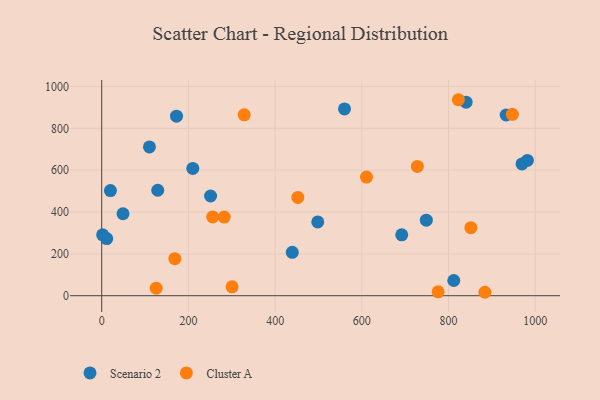
{"axis": {"x": "Price", "y": "Sales"}, "legend": ["Cluster A", "Scenario 2"], "data": [{"x": "560.0", "y": 892.7, "type": "Scenario 2"}, {"x": "439.5", "y": 207.5, "type": "Scenario 2"}, {"x": "969.4", "y": 630.0, "type": "Scenario 2"}, {"x": "251.1", "y": 476.5, "type": "Scenario 2"}, {"x": "49.1", "y": 391.7, "type": "Scenario 2"}, {"x": "932.8", "y": 863.5, "type": "Scenario 2"}, {"x": "498.3", "y": 352.8, "type": "Scenario 2"}, {"x": "748.7", "y": 361.0, "type": "Scenario 2"}, {"x": "210.1", "y": 608.5, "type": "Scenario 2"}, {"x": "110.1", "y": 711.1, "type": "Scenario 2"}, {"x": "11.5", "y": 273.1, "type": "Scenario 2"}, {"x": "172.5", "y": 858.2, "type": "Scenario 2"}, {"x": "129.2", "y": 503.9, "type": "Scenario 2"}, {"x": "2.1", "y": 290.9, "type": "Scenario 2"}, {"x": "981.8", "y": 646.7, "type": "Scenario 2"}, {"x": "840.5", "y": 924.7, "type": "Scenario 2"}, {"x": "692.0", "y": 291.1, "type": "Scenario 2"}, {"x": "812.1", "y": 72.7, "type": "Scenario 2"}, {"x": "20.1", "y": 502.5, "type": "Scenario 2"}, {"x": "728.0", "y": 617.9, "type": "Cluster A"}, {"x": "255.9", "y": 376.4, "type": "Cluster A"}, {"x": "168.6", "y": 177.2, "type": "Cluster A"}, {"x": "822.7", "y": 936.6, "type": "Cluster A"}, {"x": "282.5", "y": 375.6, "type": "Cluster A"}, {"x": "125.7", "y": 36.1, "type": "Cluster A"}, {"x": "851.4", "y": 325.1, "type": "Cluster A"}, {"x": "775.9", "y": 18.7, "type": "Cluster A"}, {"x": "300.7", "y": 42.3, "type": "Cluster A"}, {"x": "610.7", "y": 567.0, "type": "Cluster A"}, {"x": "452.3", "y": 469.7, "type": "Cluster A"}, {"x": "947.2", "y": 866.9, "type": "Cluster A"}, {"x": "883.8", "y": 16.4, "type": "Cluster A"}, {"x": "328.6", "y": 864.4, "type": "Cluster A"}]}